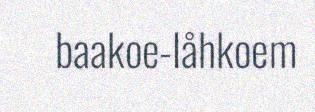
baakoe-låhkoem